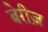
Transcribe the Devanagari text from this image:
बेरीज़